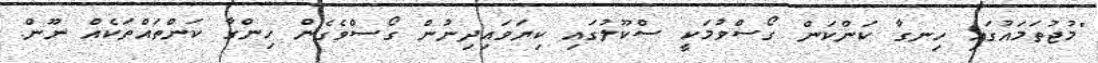
"މުޖުތަމައުގައި ހިނގާ ކަންކަން ގޯސްވުމަކީ ސްކޫލުގައި ކިޔަވައިދިނުން ގޯސްވެގެން ހިންގާ ކަންތައްތަކެއް ނޫން.